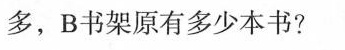
多，B书架原有多少本书?